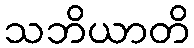
သဘိယာတိ